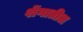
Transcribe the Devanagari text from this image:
शेंगातील